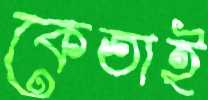
কেতাই